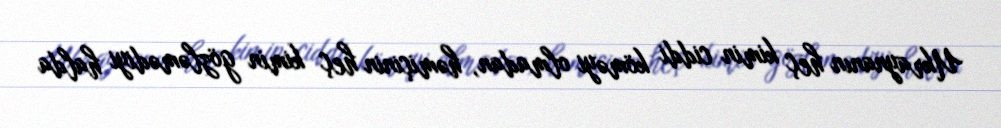
Ukraynanın heç kimin ciddi köməyi olmadan, həmiçinin heç kimin gözləmədiyi halda